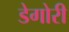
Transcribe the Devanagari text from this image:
डेगोरी